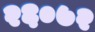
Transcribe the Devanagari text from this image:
२६०७२